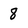
Character: 8